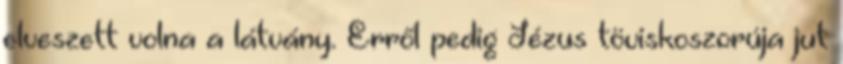
elveszett volna a látvány. Erről pedig Jézus töviskoszorúja jut